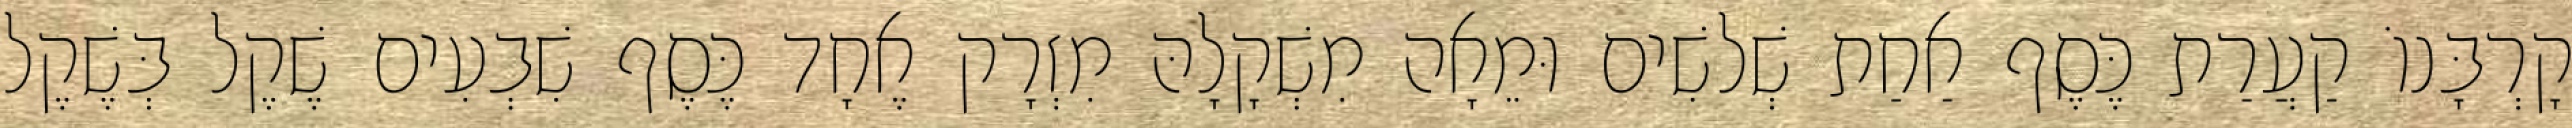
קָרְבָּנוֹ קַעֲרַת כֶּסֶף אַחַת שְׁלשִׁים וּמֵאָה מִשְׁקָלָהּ מִזְרָק אֶחָד כֶּסֶף שִׁבְעִים שֶׁקֶל בְּשֶׁקֶל